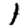
Digit: 1